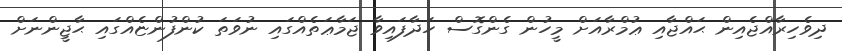
ދިވެހިރާއްޖެއިން ޙައްޖާއި ޢުމްރާއަށް މީހުން ގެންގޮސް ހަދާފައިވާ ޖަމާޢަތެއްގައި ނުވަތަ ކުންފުންޏެއްގައި ޙާޖީންނަށް